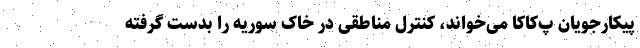
پیکارجویان پ‌کاکا می‌خواند،‌ کنترل مناطقی در خاک سوریه را بدست گرفته